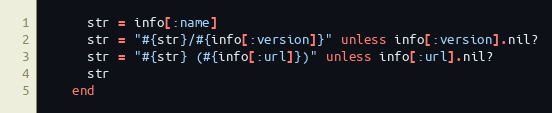
Language: Ruby
      str = info[:name]
      str = "#{str}/#{info[:version]}" unless info[:version].nil?
      str = "#{str} (#{info[:url]})" unless info[:url].nil?
      str
    end